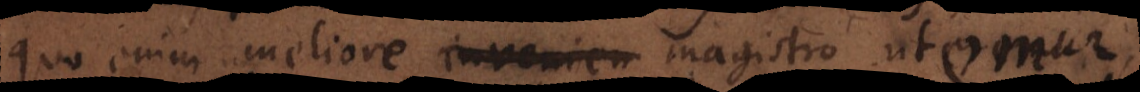
Quo enim meliore invenien magistro utendum